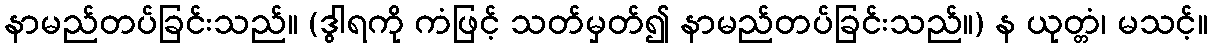
နာမည်တပ်ခြင်းသည်။ (ဒွါရကို ကံဖြင့် သတ်မှတ်၍ နာမည်တပ်ခြင်းသည်။) န ယုတ္တံ၊ မသင့်။